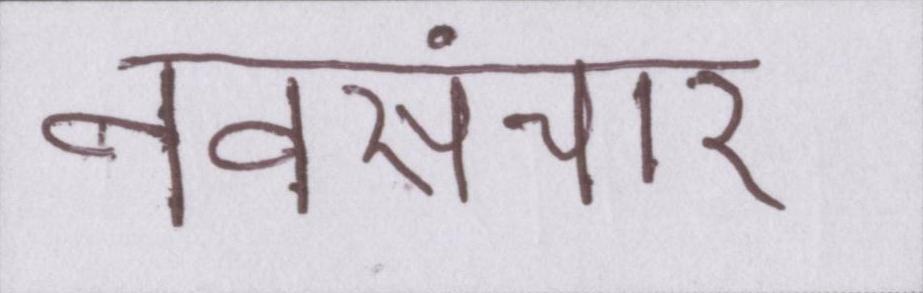
नवसंचार